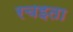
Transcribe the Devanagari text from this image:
रचइता